Preparation of a safe and efficient antirabic vaccine - Number 44
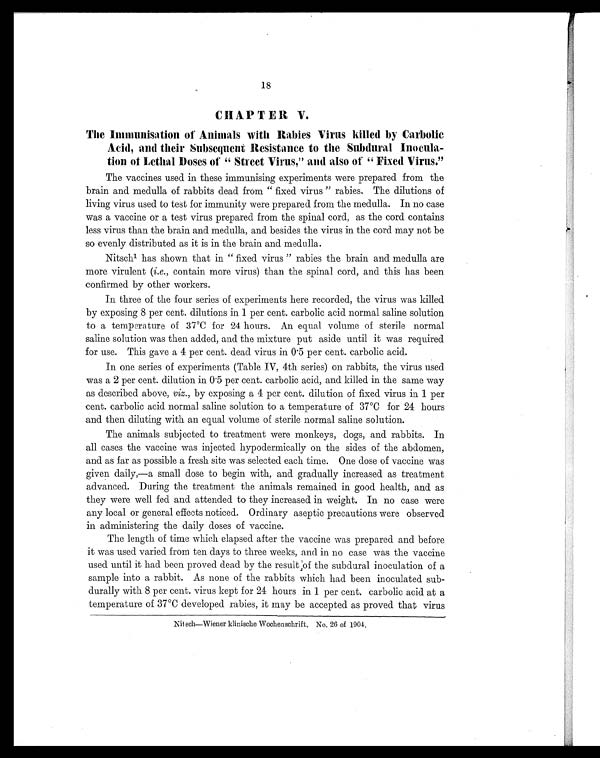
18
CHAPTER V.
The Immunisation of Animals with Rabies Virus killed by Carbolic
Acid, and their Subsequent Resistance to the Subdural Inocula-
tion of Lethal Doses of " Street Virus," and also of " Fixed Virus."
The vaccines used in these immunising experiments were prepared from the
brain and medulla of rabbits dead from " fixed virus " rabies. The dilutions of
living virus used to test for immunity were prepared from the medulla. In no case
was a vaccine or a test virus prepared from the spinal cord, as the cord contains
less virus than the brain and medulla, and besides the virus in the cord may not be
so evenly distributed as it is in the brain and medulla.
Nitsch1
has shown that in " fixed virus " rabies the brain and medulla are
more virulent (i.e., contain more virus) than the spinal cord, and this has been
confirmed by other workers.
In three of the four series of experiments here recorded, the virus was killed
by exposing 8 per cent. dilutions in 1 per cent. carbolic acid normal saline solution
to a temperature of 37°C for 24 hours. An equal volume of sterile normal
saline solution was then added, and the mixture put aside until it was required
for use. This gave a 4 per cent. dead virus in 0.5 per cent. carbolic acid.
In one series of experiments (Table IV, 4th series) on rabbits, the virus used
was a 2 per cent. dilution in 0.5 per cent. carbolic acid, and killed in the same way
as described above, viz., by exposing a 4 per cent, dilution of fixed virus in 1 per
cent. carbolic acid normal saline solution to a temperature of 37°C for 24 hours
and then diluting with an equal volume of sterile normal saline solution.
The animals subjected to treatment were monkeys, dogs, and rabbits. In
all cases the vaccine was injected hypodermically on the sides of the abdomen,
and as far as possible a fresh site was selected each time. One dose of vaccine was
given daily,—a small dose to begin with, and gradually increased as treatment
advanced. During the treatment the animals remained in good health, and as
they were well fed and attended to they increased in weight. In no case were
any local or general effects noticed. Ordinary aseptic precautions were observed
in administering the daily doses of vaccine.
The length of time which elapsed after the vaccine was prepared and before
it was used varied from ten days to three weeks, and in no case was the vaccine
used until it had been proved dead by the result of the subdural inoculation of a
sample into a rabbit. As none of the rabbits which had been inoculated sub-
durally with 8 per cent. virus kept for 24 hours in 1 per cent. carbolic acid at a
temperature of 37°C developed rabies, it may be accepted as proved that virus
N i t s c h — W i e n e r k l i n i s c h e W o c h e n s c h r i f t . N o . 2 6 o f 1 9 0 4 .